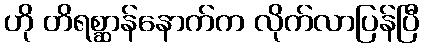
ဟို တိရစ္ဆာန်နောက်က လိုက်လာပြန်ပြီ